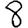
Digit: 8